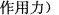
作用力)图